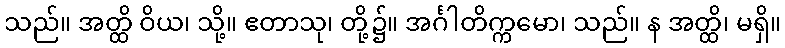
သည်။ အတ္ထိ ဝိယ၊ သို့။ ဧတာသု၊ တို့၌။ အင်္ဂါတိက္ကမော၊ သည်။ န အတ္ထိ၊ မရှိ။